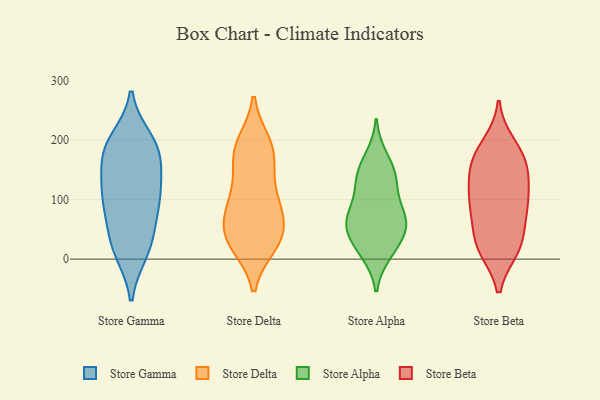
{"axis": {"x": "Production Output", "y": "Value"}, "legend": ["Store Alpha", "Store Beta", "Store Delta", "Store Gamma"], "data": [{"x": "", "y": 12, "type": "Store Gamma"}, {"x": "", "y": 112, "type": "Store Gamma"}, {"x": "", "y": 95, "type": "Store Gamma"}, {"x": "", "y": 14, "type": "Store Gamma"}, {"x": "", "y": 51, "type": "Store Gamma"}, {"x": "", "y": 146, "type": "Store Gamma"}, {"x": "", "y": 109, "type": "Store Gamma"}, {"x": "", "y": 118, "type": "Store Gamma"}, {"x": "", "y": 200, "type": "Store Gamma"}, {"x": "", "y": 191, "type": "Store Gamma"}, {"x": "", "y": 28, "type": "Store Gamma"}, {"x": "", "y": 177, "type": "Store Gamma"}, {"x": "", "y": 186, "type": "Store Gamma"}, {"x": "", "y": 177, "type": "Store Gamma"}, {"x": "", "y": 78, "type": "Store Gamma"}, {"x": "", "y": 38, "type": "Store Delta"}, {"x": "", "y": 44, "type": "Store Delta"}, {"x": "", "y": 92, "type": "Store Delta"}, {"x": "", "y": 192, "type": "Store Delta"}, {"x": "", "y": 84, "type": "Store Delta"}, {"x": "", "y": 40, "type": "Store Delta"}, {"x": "", "y": 177, "type": "Store Delta"}, {"x": "", "y": 179, "type": "Store Delta"}, {"x": "", "y": 176, "type": "Store Delta"}, {"x": "", "y": 26, "type": "Store Delta"}, {"x": "", "y": 90, "type": "Store Delta"}, {"x": "", "y": 32, "type": "Store Delta"}, {"x": "", "y": 119, "type": "Store Delta"}, {"x": "", "y": 138, "type": "Store Alpha"}, {"x": "", "y": 15, "type": "Store Alpha"}, {"x": "", "y": 63, "type": "Store Alpha"}, {"x": "", "y": 59, "type": "Store Alpha"}, {"x": "", "y": 67, "type": "Store Alpha"}, {"x": "", "y": 10, "type": "Store Alpha"}, {"x": "", "y": 32, "type": "Store Alpha"}, {"x": "", "y": 151, "type": "Store Alpha"}, {"x": "", "y": 127, "type": "Store Alpha"}, {"x": "", "y": 171, "type": "Store Alpha"}, {"x": "", "y": 46, "type": "Store Alpha"}, {"x": "", "y": 121, "type": "Store Alpha"}, {"x": "", "y": 73, "type": "Store Alpha"}, {"x": "", "y": 78, "type": "Store Alpha"}, {"x": "", "y": 170, "type": "Store Beta"}, {"x": "", "y": 181, "type": "Store Beta"}, {"x": "", "y": 18, "type": "Store Beta"}, {"x": "", "y": 146, "type": "Store Beta"}, {"x": "", "y": 138, "type": "Store Beta"}, {"x": "", "y": 79, "type": "Store Beta"}, {"x": "", "y": 193, "type": "Store Beta"}, {"x": "", "y": 29, "type": "Store Beta"}, {"x": "", "y": 17, "type": "Store Beta"}, {"x": "", "y": 104, "type": "Store Beta"}, {"x": "", "y": 140, "type": "Store Beta"}, {"x": "", "y": 98, "type": "Store Beta"}, {"x": "", "y": 85, "type": "Store Beta"}, {"x": "", "y": 166, "type": "Store Beta"}, {"x": "", "y": 94, "type": "Store Beta"}, {"x": "", "y": 48, "type": "Store Beta"}, {"x": "", "y": 17, "type": "Store Beta"}]}